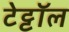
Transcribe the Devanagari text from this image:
टेट्टॉल